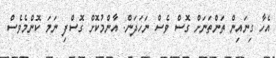
އެހާ ގިނައިން ތަންތަނަށް ގޮސް ވެސް ނަހަދަން. އާންމުކޮށް ގޮސްފި ނަމަ ކޮންމެވެސް